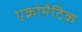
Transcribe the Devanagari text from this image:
एक्रोमैटिक